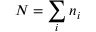
N = \sum _ { i } n _ { i }